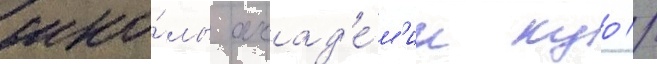
шко́лы акад'е́м'ии куо //